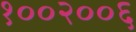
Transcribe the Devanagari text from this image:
१००२००६